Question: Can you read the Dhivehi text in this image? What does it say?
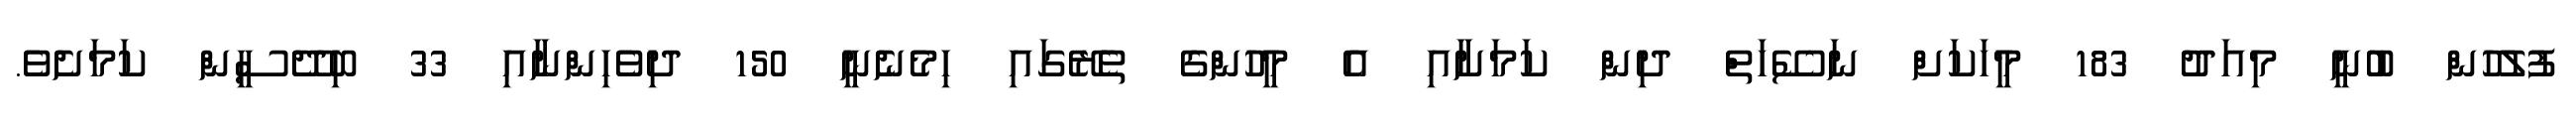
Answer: ފުލުހުން ބުނީ މިއަދު 183 މީހަކަށް ނަސޭހަތް ދިން ކަމަށާއި އެ މީހުންގެ ތެރޭގައި ހިމެނެނީ 150 ދިވެހިންނާއި 33 ބިދޭސީން ކަމަށެވެ.